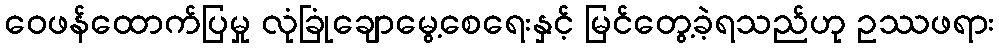
ဝေဖန်ထောက်ပြမှု လုံခြုံချောမွေ့စေရေးနှင့် မြင်တွေ့ခဲ့ရသည်ဟု ဥဿဖရား